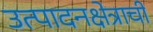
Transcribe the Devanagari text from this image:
उत्पादनक्षेत्राची